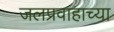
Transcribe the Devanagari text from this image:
जलप्रवाहाच्या